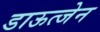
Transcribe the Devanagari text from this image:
डाऊत्जेन